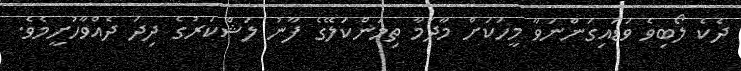
ދެކެ ލޯބިވެ ވަޑައިގަންނަވާ މީހަކަށް މާދަމާ ތިމަންކަލޭގެ ފާނު ލަޝްކަރުގެ ދިދަ ދެއްވާހުށީމެވެ.